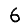
Digit: 6